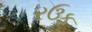
રઉફ